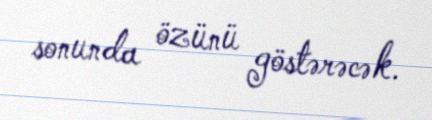
sonunda özünü göstərəcək.